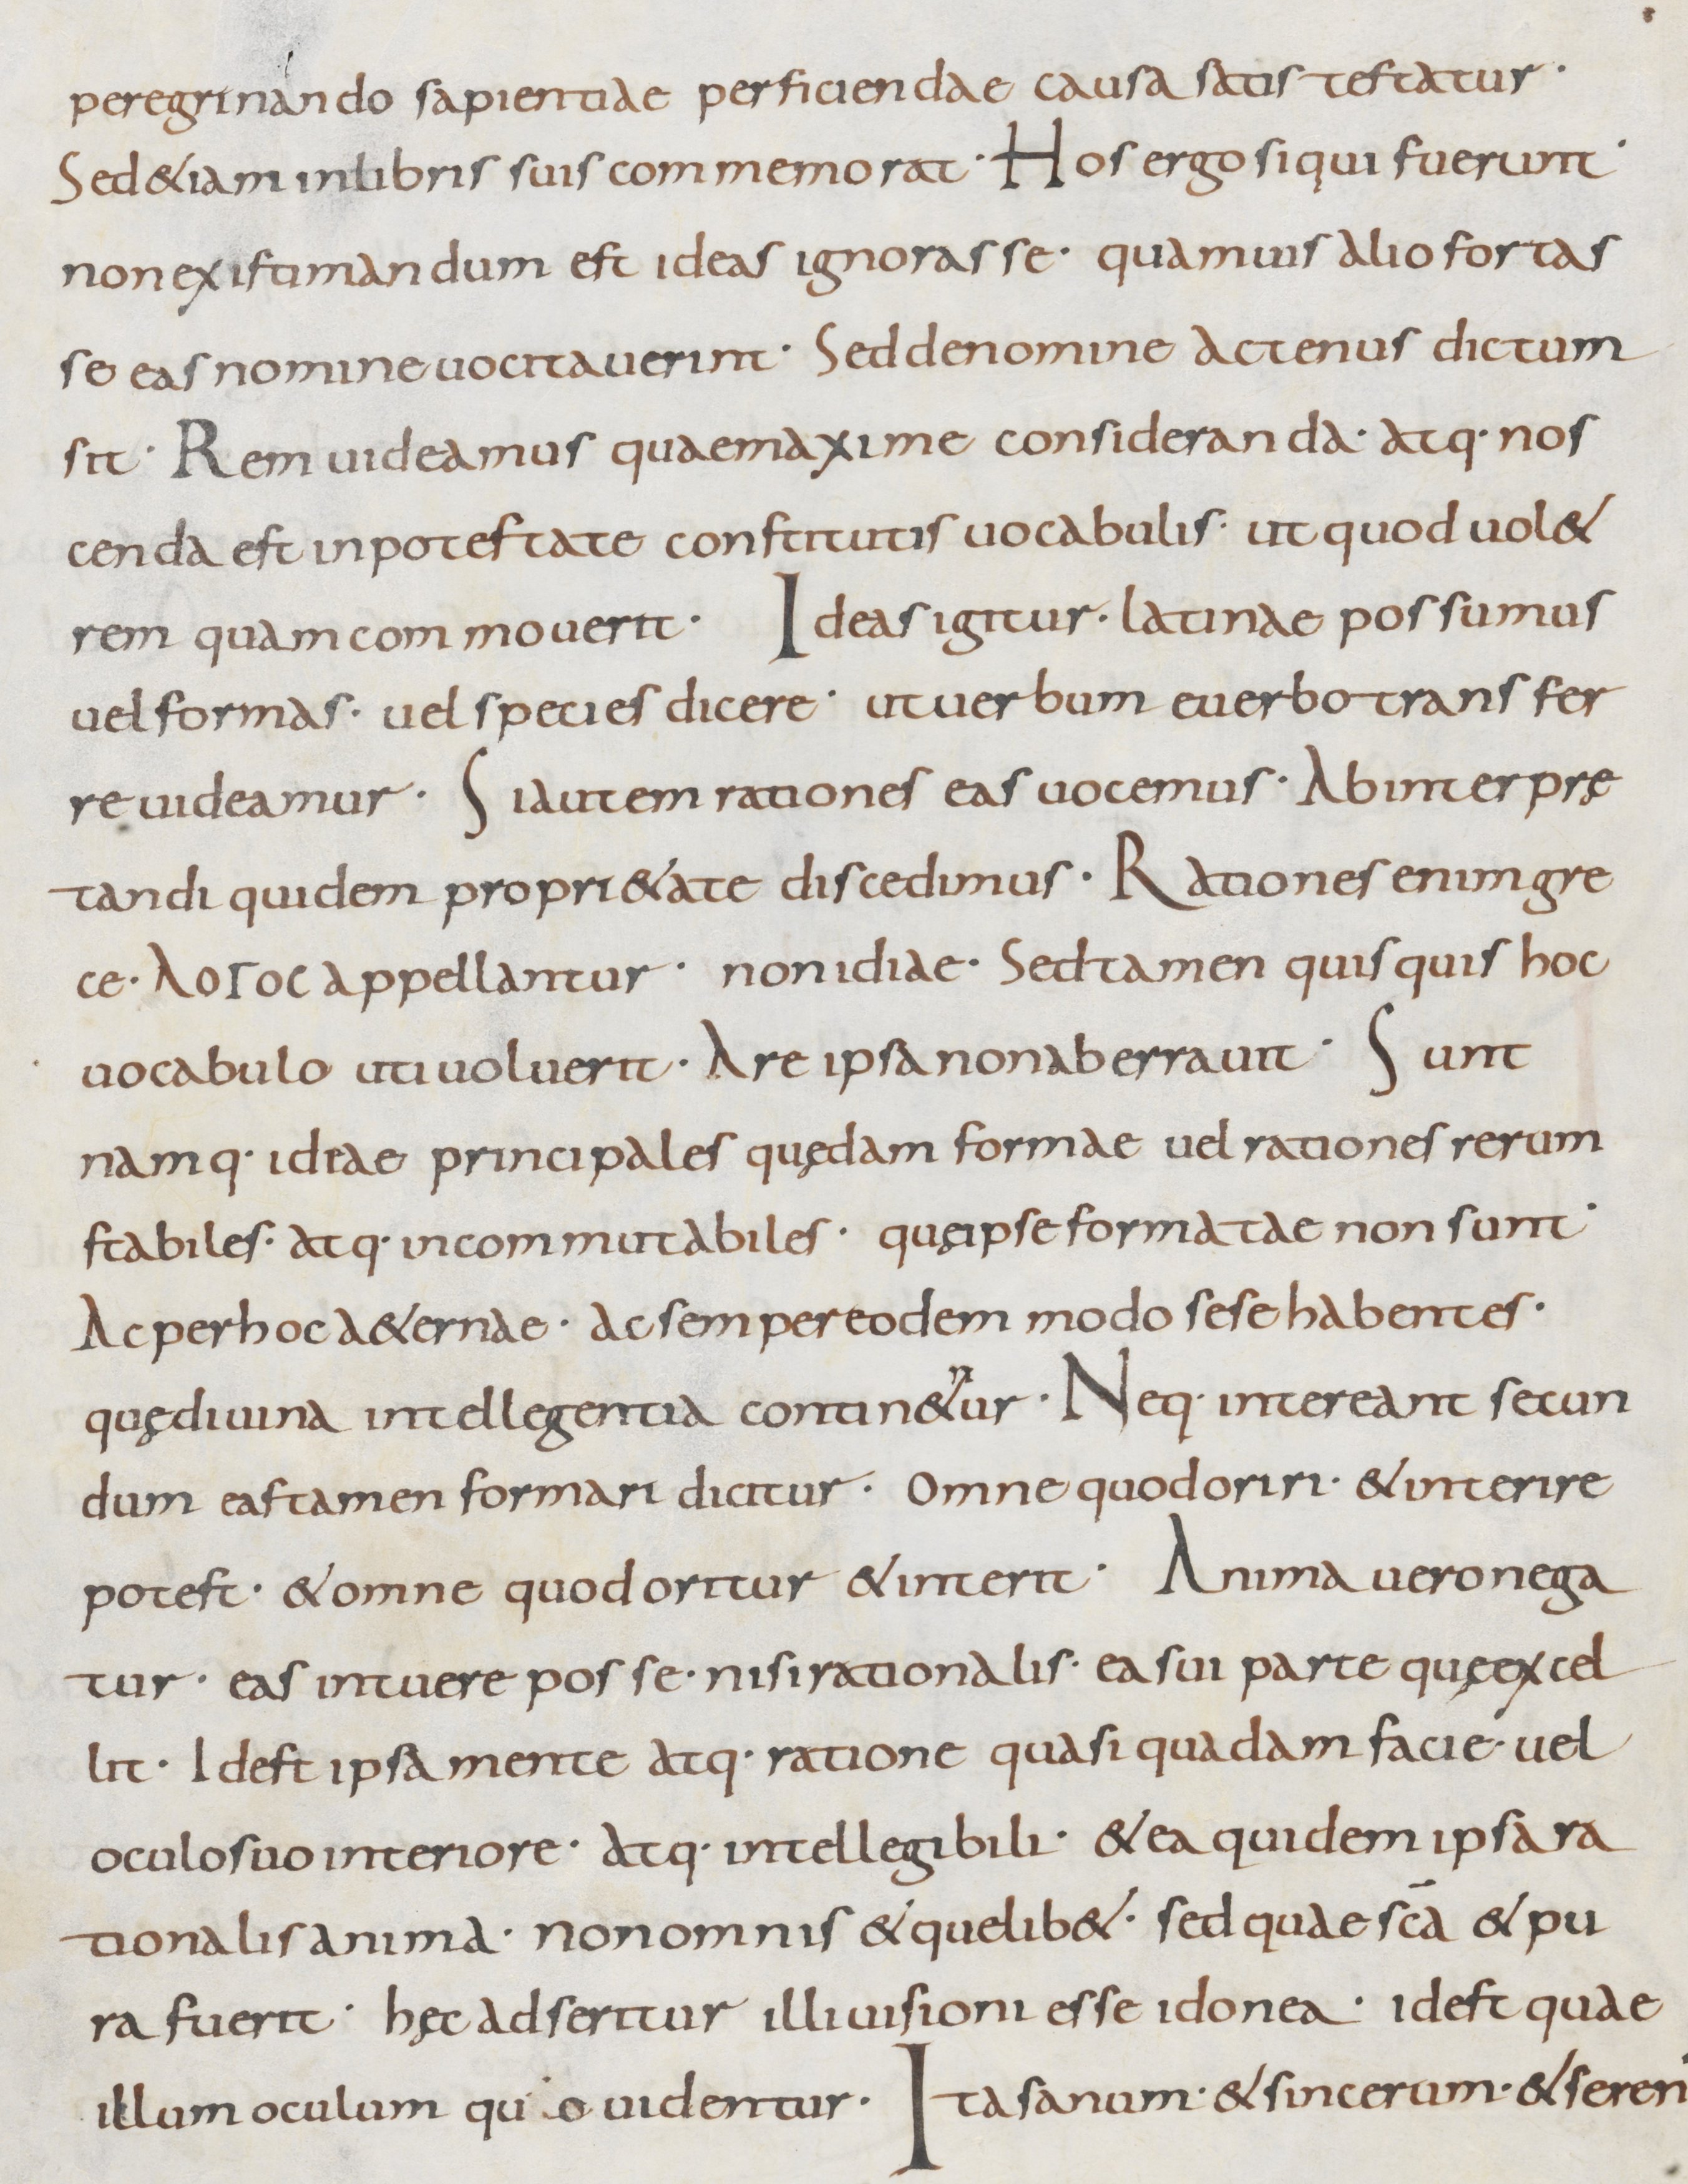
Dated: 800–899